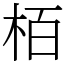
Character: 栢